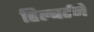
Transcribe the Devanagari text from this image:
हिल्बर्टने